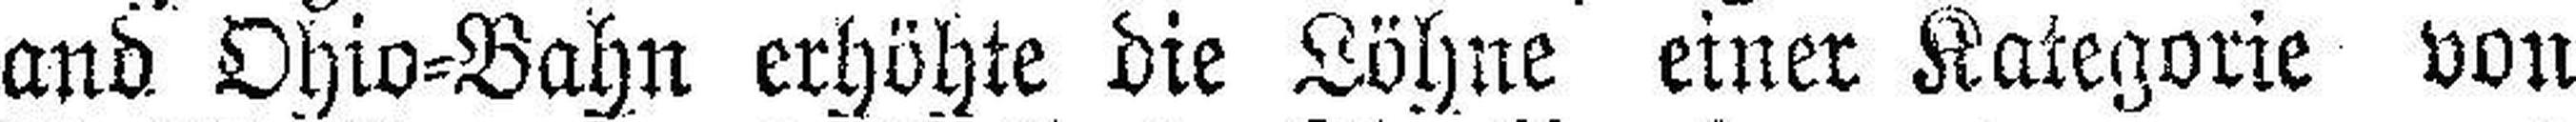
and Ohio=Bahn erhöhte die Löhne einer Kategorie von